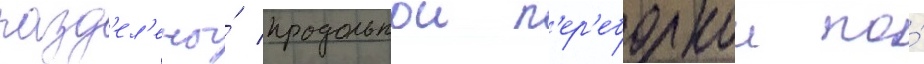
разд'ел'ены́ продольнои п'ер'еборкои по́